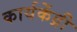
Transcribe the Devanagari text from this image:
कार्यकेंद्री